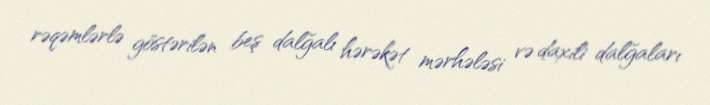
rəqəmlərlə göstərilən beş dalğalı hərəkət mərhələsi və daxili dalğaları